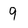
Character: 9